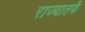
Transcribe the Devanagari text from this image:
राज्यातर्फे